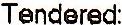
TENDERED: